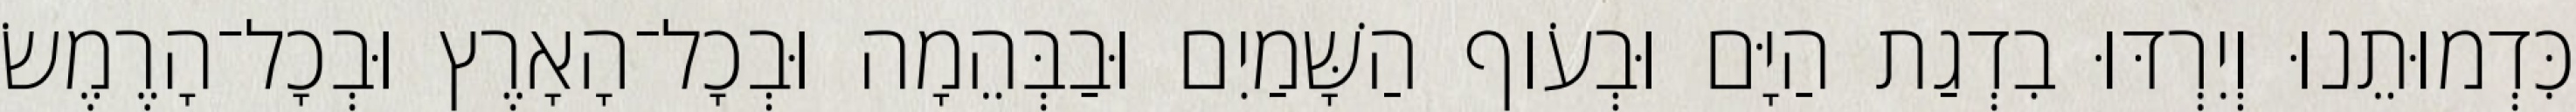
כִּדְמוּתֵנוּ וְיִרְדּוּ בִדְגַת הַיָּם וּבְעֹוף הַשָּׁמַיִם וּבַבְּהֵמָה וּבְכָל־הָאָרֶץ וּבְכָל־הָרֶמֶשׂ